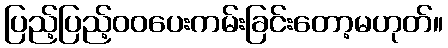
ပြည့်ပြည့်ဝဝပေးကမ်းခြင်းတော့မဟုတ်။